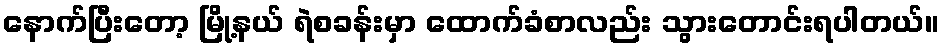
နောက်ပြီးတော့ မြို့နယ် ရဲစခန်းမှာ ထောက်ခံစာလည်း သွားတောင်းရပါတယ်။